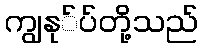
ကျွနု်ပ်တို့သည်